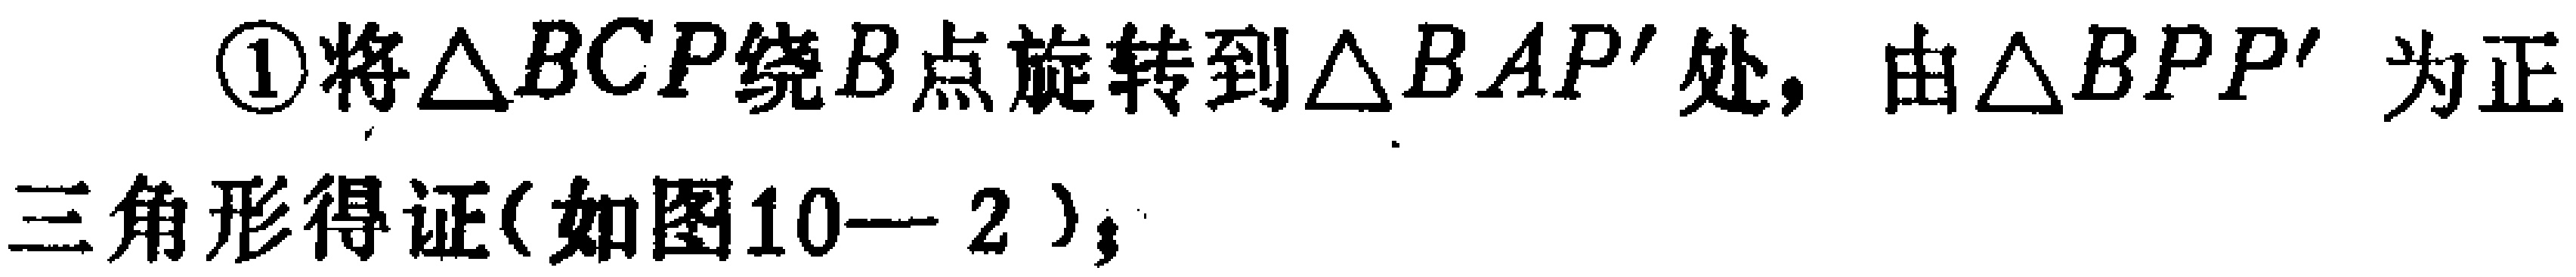
\textcircled{1}将\(\triangle BCP\)绕\(B\)点旋转到\(\triangle BAP'\)处，由\(\triangle BPP'\)为正三角形得证(如图10—2)；